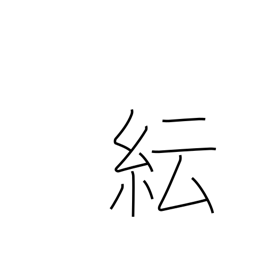
Meaning: confusion